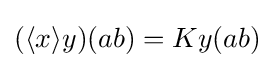
(\langle x\rangle y)(ab)=Ky(ab)